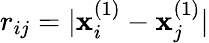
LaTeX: r_{ij}=|\mathbf{x}_{i}^{(1)}-\mathbf{x}_{j}^{(1)}|